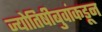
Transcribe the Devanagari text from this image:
ज्योतिषीबुवांकडून